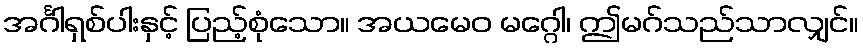
အင်္ဂါရှစ်ပါးနှင့် ပြည့်စုံသော။ အယမေဝ မဂ္ဂေါ၊ ဤမဂ်သည်သာလျှင်။